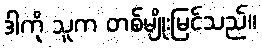
ဒါကို သူက တစ်မျိုးမြင်သည်။